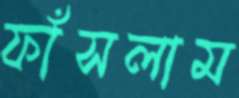
ফাঁসলাম